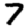
Digit: 7